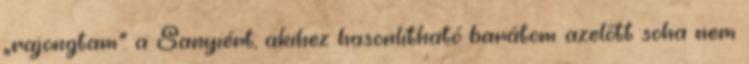
„rajongtam” a Sanyiért, aki­hez hasonlítható barátom azelőtt soha nem